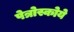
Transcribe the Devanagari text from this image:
पेत्रोस्कोये